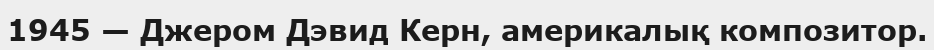
1945 — Джером Дэвид Керн, америкалық композитор.